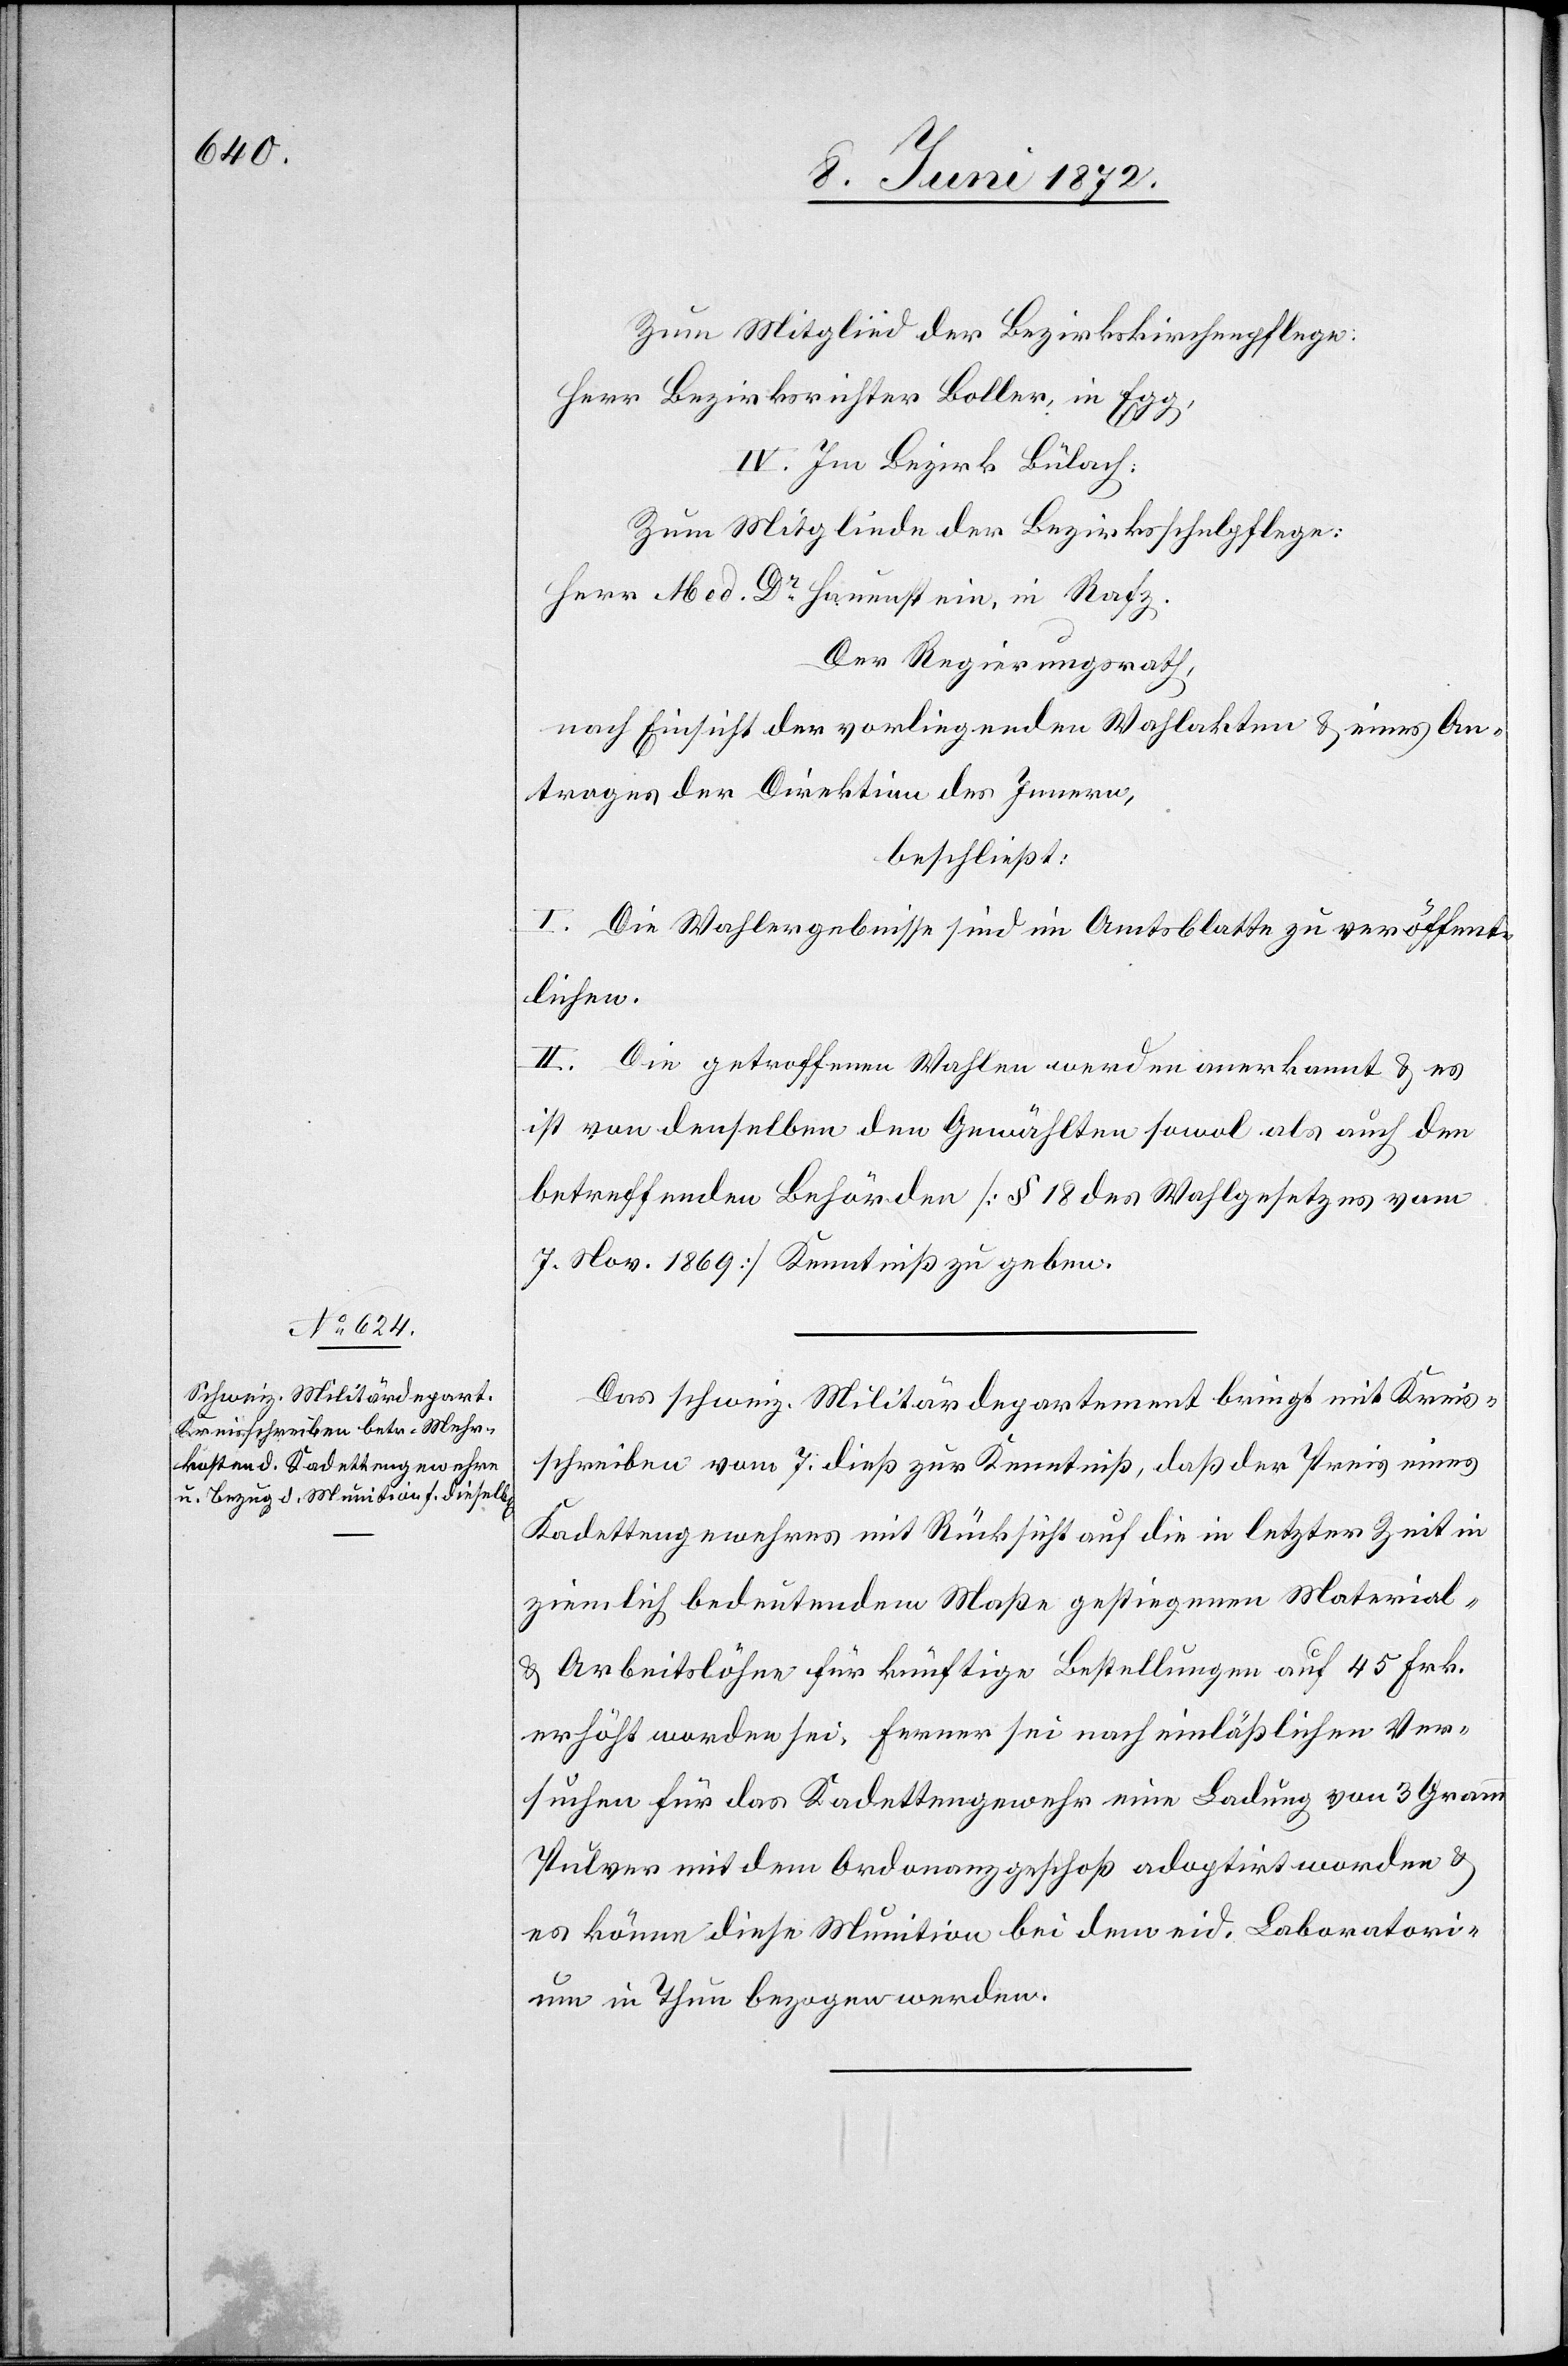
12. Juni 1872.]
Herr Bezirksrichter Boller, in Egg,
IV. Im Bezirk Bülach:
Zum Mitgliede der Bezirksschulpflege:
Herr Med. Dr Hauenstein, in Rafz.
Der Regierungsrath,
nach Einsicht der vorliegenden Wahlakten u. eines An¬
trages der Direktion des Innern,
beschließt:
I. Die Wahlergebnisse sind im Amtsblatt zu veröffent¬
lichen.
II. Die getroffenen Wahlen werden anerkannt u. es
ist von denselben den Gewählten sowol als auch den
betreffenden Behörden [§ 18 des Wahlgesetzes vom
7. Nov. 1869] Kenntniß zu geben.
Das schweiz. Militärdepartement bringt mit Kreis¬
schreiben vom 7. dieß zur Kenntniß, daß der Preis eines
Kadettengewehres mit Rücksicht auf die in letzter Zeit in
ziemlich bedeutendem Maße gestiegenen Material-
u. Arbeitslöhne für künftige Bestellungen auf 45 Frk.
erhöht worden sei. Ferner sei nach einläßlichen Ver¬
suchen für das Kadettengewehr eine Ladung von 3 Gramm
Pulver mit dem Ordonanzgeschoß adoptirt worden u.
es könne diese Munition bei dem eid. Laboratori¬
um in Thun bezogen werden.